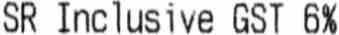
SR INCLUSIVE GST 6%